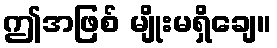
ဤအဖြစ် မျိုးမရှိချေ။